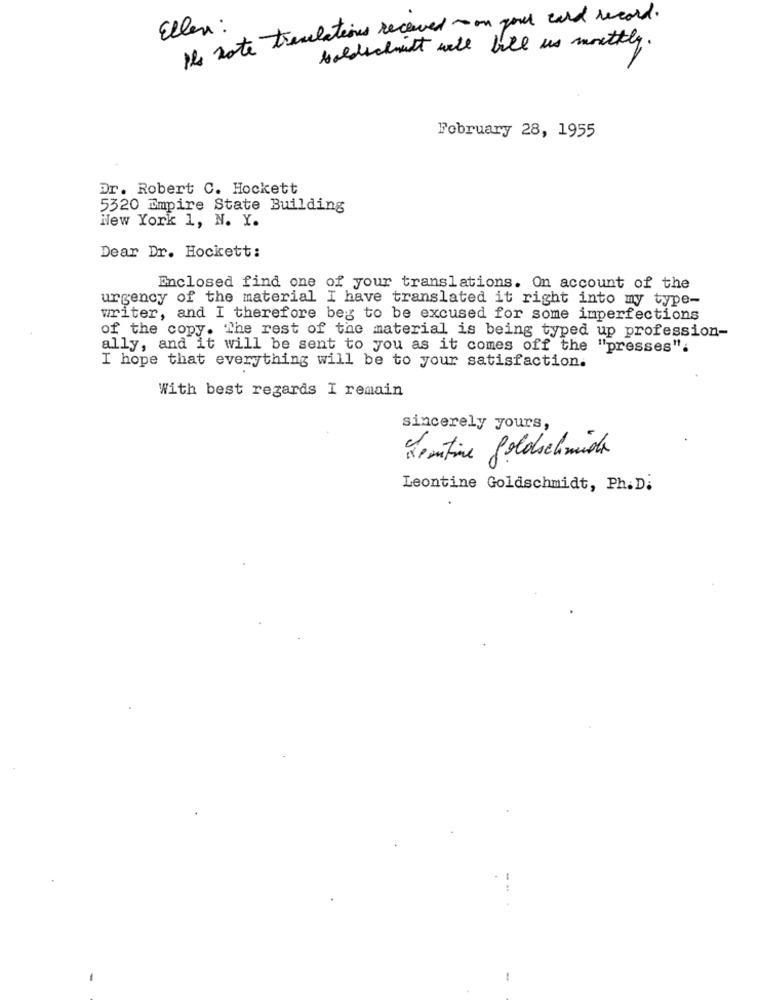
Ihs note translations received on your card record.
Ellen :
Goldschmidt will kill us monthly.
February 28, 1955
Dr. Robert C. Hockett
5320 Empire State Building
New York 1, N. Y.
Dear Dr. Hockett:
Enclosed find one of your translations. On account of the
urgency of the material I have translated it right into my type-
writer, and I therefore beg to be excused for some imperfections
of the copy. The rest of the material is being typed up profession-
ally, and it will be sent to you as it comes off the "presses".
I hope that everything will be to your satisfaction.
With best regards I remain
sincerely yours,
Kentine goldschmidta
Leontine Goldschmidt, Ph. D.